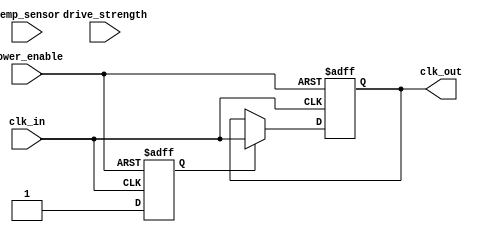
module TempCompClockBuffer (
    input wire clk_in,               // Input clock signal
    input wire [7:0] temp_sensor,    // Temperature sensor input (8-bit for simplicity)
    input wire [1:0] drive_strength,  // Drive strength control (00: low, 01: medium, 10: high)
    input wire power_enable,          // Power management control
    output reg clk_out               // Buffered output clock signal
);

// Parameters for delay adjustment based on temperature
parameter TEMP_THRESHOLD_LOW = 8'd20;  // Example low threshold
parameter TEMP_THRESHOLD_HIGH = 8'd80; // Example high threshold
parameter DELAY_ADJUST_LOW = 2;         // Delay adjustment for low temp
parameter DELAY_ADJUST_HIGH = 4;        // Delay adjustment for high temp

// Internal signal for delay adjustment
reg [3:0] delay_adjust;

// Internal signal for clock enable
reg clk_enabled;

// Clock generation logic
always @(posedge clk_in or negedge power_enable) begin
    if (!power_enable) begin
        clk_enabled <= 1'b0; // Disable clock output when power is off
        clk_out <= 1'b0;
    end else begin
        clk_enabled <= 1'b1;

        // Temperature compensation logic
        if (temp_sensor < TEMP_THRESHOLD_LOW) begin
            delay_adjust <= DELAY_ADJUST_LOW;
        end else if (temp_sensor > TEMP_THRESHOLD_HIGH) begin
            delay_adjust <= DELAY_ADJUST_HIGH;
        end else begin
            delay_adjust <= 0; // No adjustment
        end

        // Buffering and driving logic
        if (clk_enabled) begin
            // Simple delay implementation (for illustration)
            #delay_adjust clk_out <= clk_in; // Adjust delay based on temperature
        end
    end
end

// Output drive strength control (example implementation)
always @(drive_strength) begin
    case (drive_strength)
        2'b00: // Low drive strength
            // Code to configure low drive strength (not implemented in this example)
            ;
        2'b01: // Medium drive strength
            // Code to configure medium drive strength (not implemented in this example)
            ;
        2'b10: // High drive strength
            // Code to configure high drive strength (not implemented in this example)
            ;
        default: ;
    endcase
end

endmodule